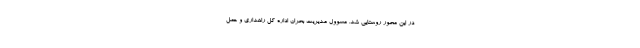
در این محور روستایی شد. مسوول مدیریت بحران اداره کل راهداری و حمل